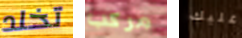
تخلد مركب عليك